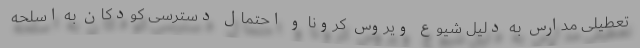
تعطیلی مدارس به دلیل شیوع ویروس کرونا و احتمال دسترسی کودکان به اسلحه